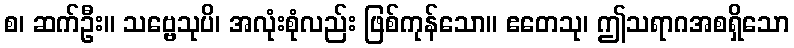
စ၊ ဆက်ဦး။ သဗ္ဗေသုပိ၊ အလုံးစုံလည်း ဖြစ်ကုန်သော။ ဧတေသု၊ ဤသရာဂအစရှိသော